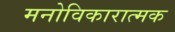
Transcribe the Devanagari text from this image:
मनोविकारात्मक